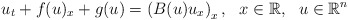
\begin{align*}u_t+f(u)_x+g(u)=\left(B(u)u_x\right)_x,~~x\in\mathbb{R},~~u\in\mathbb{R}^n\end{align*}